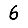
Digit: 6